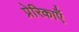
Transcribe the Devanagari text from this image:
प्रेरिकाएँ